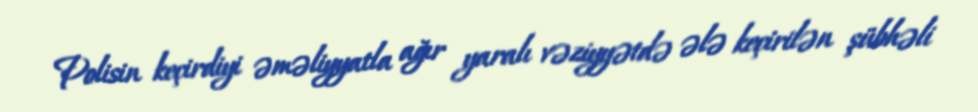
Polisin keçirdiyi əməliyyatla ağır yaralı vəziyyətdə ələ keçirilən şübhəli